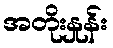
အတိုးနှုန်း